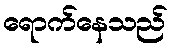
ရောက်နေသည်